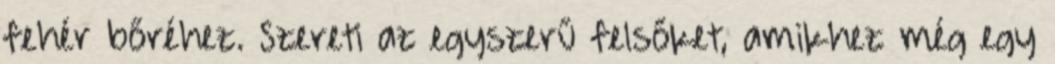
fehér bőréhez. Szereti az egyszerű felsőket, amikhez még egy